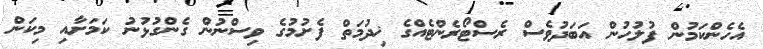
އެހެންކަމުން ފުލުހުން އަބަދުވެސް ރެސްޓޯރެންޓެއްގެ ޚިދުމަތް ފެށުމުގެ ވިސްނުން ގެންގުޅުނު ކަމަށާއި މިކަން